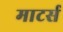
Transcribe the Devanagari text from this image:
माटर्स